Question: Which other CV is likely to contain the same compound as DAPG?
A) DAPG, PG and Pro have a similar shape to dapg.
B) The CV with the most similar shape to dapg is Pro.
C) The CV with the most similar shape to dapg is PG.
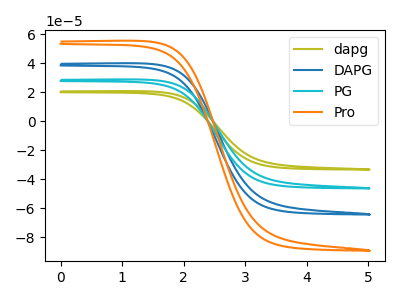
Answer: <think>The olive curve "dapg" has no peaks. The blue curve "DAPG" has no peaks. The cyan curve "PG" has no peaks. The orange curve "Pro" has no peaks.
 Neither "dapg" or "DAPG" have any peaks. Neither "dapg" or "PG" have any peaks. Neither "dapg" or "Pro" have any peaks. Neither "DAPG" or "PG" have any peaks. Neither "DAPG" or "Pro" have any peaks. Neither "PG" or "Pro" have any peaks.</think>
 <answer>A) "DAPG", "PG" and "Pro" have a similar shape to "dapg".</answer>
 <eval>A</eval>